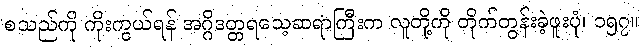
စသည်ကို ကိုးကွယ်ရန် အဂ္ဂိဒတ္တရသေ့ဆရာကြီးက လူတို့ကို တိုက်တွန်းခဲ့ဖူးပုံ၊ ၁၅၇။